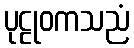
ပုဠုဝကသညံ